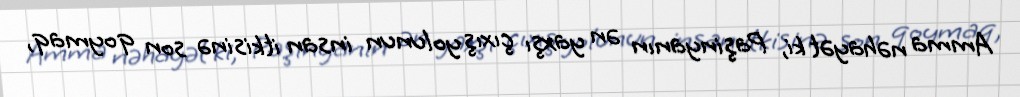
Amma nəhayət ki, Paşinyanın ən yaxşı çıxış yolunun insan itkisinə son qoymaq,